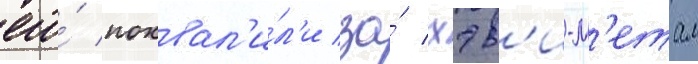
его́ похвал'и́л'и за́ хэв'и-м'етал